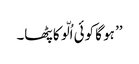
’’ ہو گا کوئی اُلّو کا پٹھا۔